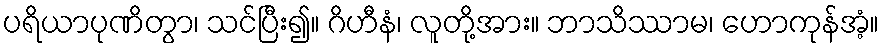
ပရိယာပုဏိတွာ၊ သင်ပြီး၍။ ဂိဟီနံ၊ လူတို့အား။ ဘာသိဿာမ၊ ဟောကုန်အံ့။